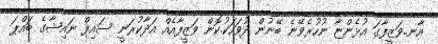
އާނ..ވަޒީފާގަ އުޅެންޏާ ނުހުރެވޭނެ ބޭނުން ދުވަހަކު.ކޮން ވަޒީފާއެއް އަދާކުރަނީ ސައިފް ނައިޝާގެ ބައްޕަ